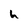
Character: h